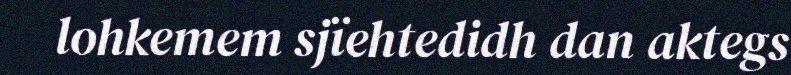
lohkemem sjïehtedidh dan aktegs